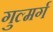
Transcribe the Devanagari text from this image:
गुल्मर्ग